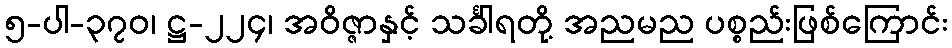
၅-ပါ-၃၇၀၊ ဋ္ဌ-၂၂၄၊ အဝိဇ္ဇာနှင့် သင်္ခါရတို့ အညမည ပစ္စည်းဖြစ်ကြောင်း